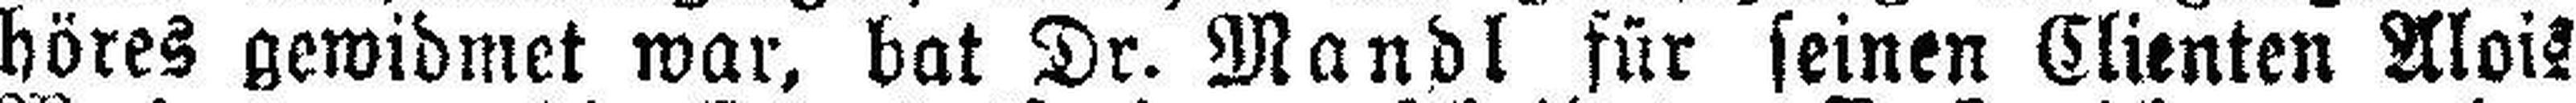
höres gewidmet war, bat Dr. Mandl für seinen Clienten Alois